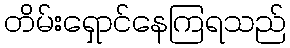
တိမ်းရှောင်နေကြရသည်